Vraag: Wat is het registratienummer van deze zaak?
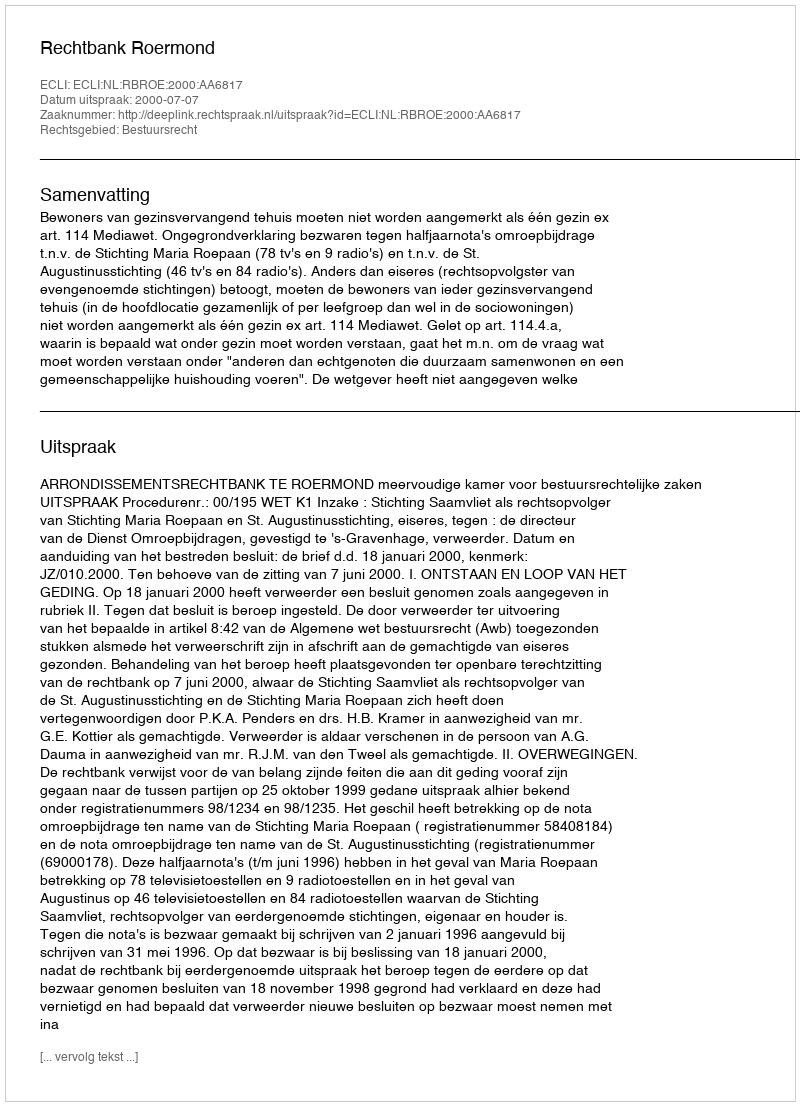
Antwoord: http://deeplink.rechtspraak.nl/uitspraak?id=ECLI:NL:RBROE:2000:AA6817